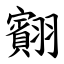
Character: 䎙